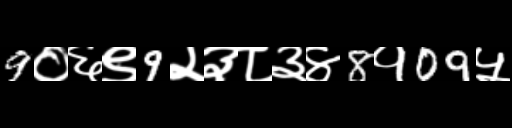
Text: 9०६९9२३८३४8१09५